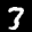
Label: 3